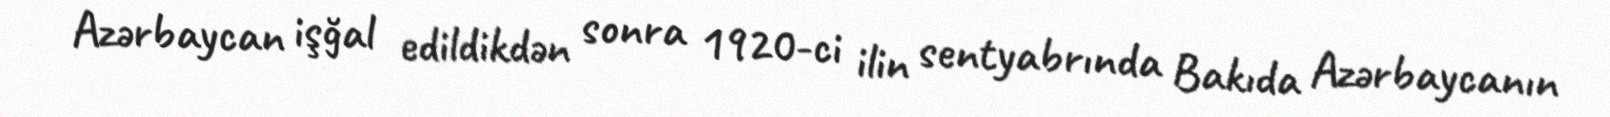
Azərbaycan işğal edildikdən sonra 1920-ci ilin sentyabrında Bakıda Azərbaycanın